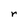
Character: r